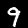
Digit: 9